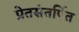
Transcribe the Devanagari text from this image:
प्रेतसंतर्पित